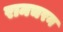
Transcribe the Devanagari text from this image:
रामचरन